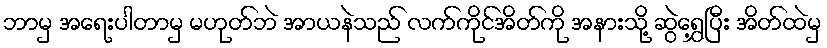
ဘာမှ အရေးပါတာမှ မဟုတ်ဘဲ အာယနဲသည် လက်ကိုင်အိတ်ကို အနားသို့ ဆွဲရွှေ့ပြီး အိတ်ထဲမှ